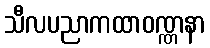
သီလပညာကထာဝဏ္ဏနာ